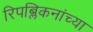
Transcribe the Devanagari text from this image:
रिपब्लिकनांच्या